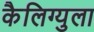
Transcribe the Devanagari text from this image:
कैलिग्युला